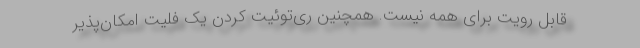
قابل رویت برای همه نیست. همچنین ری‌توئیت کردن یک فلیت امکان‌پذیر